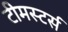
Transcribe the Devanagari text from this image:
टीमस्टर्स